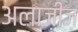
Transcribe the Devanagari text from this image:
अलाज़ीज़